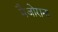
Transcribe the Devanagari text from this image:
मैजोराना